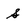
Character: S